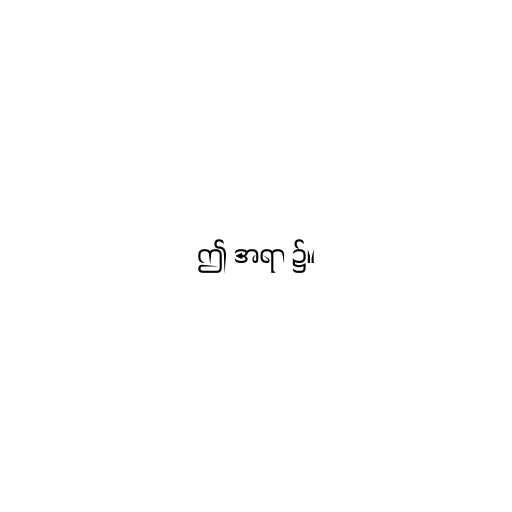
ဤ အရာ ၌။